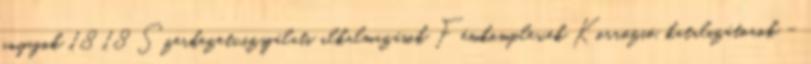
anyagok 18 18 Szerkezetvizsgálati alkalmazások Fémkomplexek Korrózió, katalizátorok –